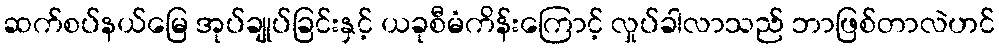
ဆက်စပ်နယ်မြေ အုပ်ချုပ်ခြင်းနှင့် ယခုစီမံကိန်းကြောင့် လှုပ်ခါလာသည် ဘာဖြစ်တာလဲဟင်